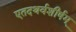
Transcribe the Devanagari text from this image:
एतदथर्वशीर्षम्‌